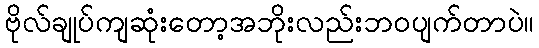
ဗိုလ်ချုပ်ကျဆုံးတော့အဘိုးလည်းဘဝပျက်တာပဲ။